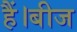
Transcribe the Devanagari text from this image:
हैं।बीज